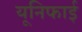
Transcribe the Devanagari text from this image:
यूनिफाई